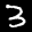
Label: 3